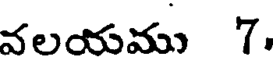
వలయము 7.